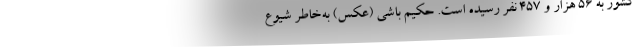
کشور به ۵۶ هزار و ۴۵۷ نفر رسیده است. حکیم باشی (عکس) به‌خاطر شیوع